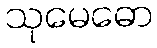
သုမေဓော